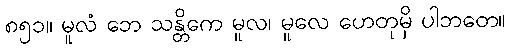
၈၅၁။ မူလံ ဘေ သန္တိကေ မူလ၊ မူလေ ဟေတုမှိ ပါဘတေ။